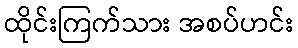
ထိုင်းကြက်သား အစပ်ဟင်း